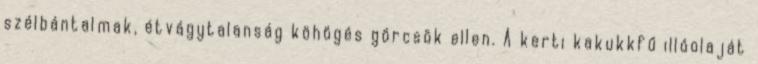
szélbántalmak, étvágytalanság köhögés görcsök ellen. A kerti kakukkfű illóolaját